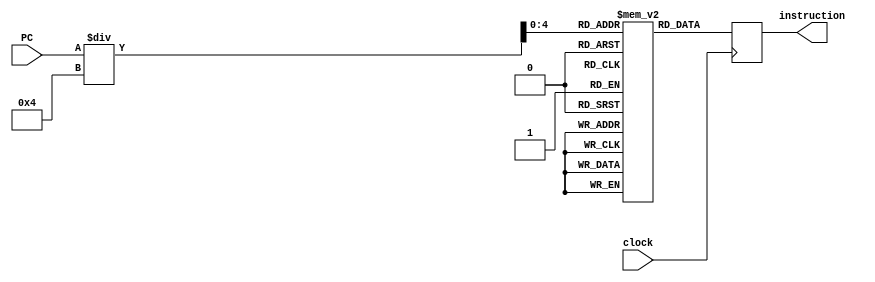
module instruction_memory(PC, clock, instruction);
    //EACH INSTRUCTION: 32 BITS
    //SAY, MEMORY HOLDS 3 INSTRUCTIONS

    input [31:0] PC;
    input clock;
    output [31:0] instruction;
    
    reg [31: 0] memory [31: 0];
    reg [31: 0] instruction;

    //INTEGER FOR INDEX IN MEMORY CORRRESPONDING TO VALUE IN PC REGISTER
    integer address;
    initial begin
        memory[0]  = 32'd0; //NOP
        memory[1] = 32'd0; //NOP
        memory[2] = 32'b10001100000100010000000000001000;
    end

    always @(posedge clock) begin
        address = PC[31: 0];
        instruction = memory[address/4];
    end

endmodule